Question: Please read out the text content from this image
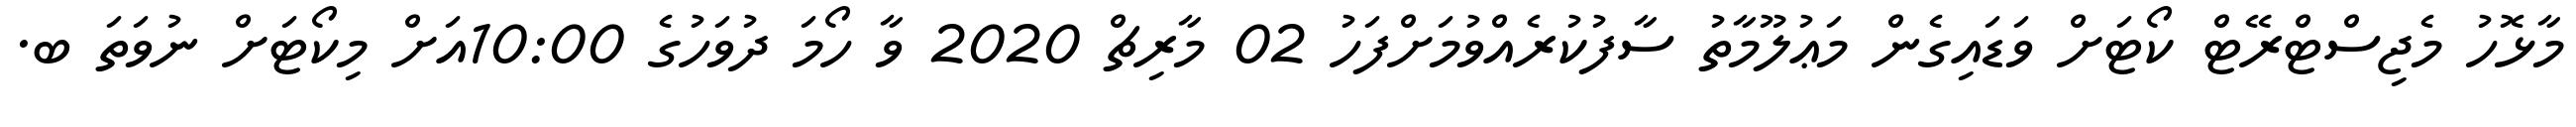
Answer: މާޅޮހު މެޖިސްޓްރޭޓް ކޯޓަށް ވަޑައިގެން މަޢުލޫމާތު ސާފުކުރެއްވުމަށްފަހު 02 މާރިޗް 2020 ވާ ހޯމަ ދުވަހުގެ 10:00އަށް މިކޯޓަށް ނުވަތަ ބ.